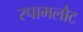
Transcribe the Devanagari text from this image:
स्पामलौट